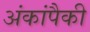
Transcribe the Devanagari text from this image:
अंकांपैकी